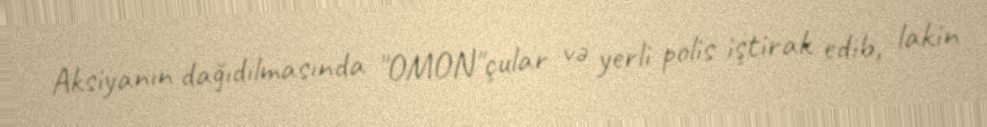
Aksiyanın dağıdılmasında "OMON"çular və yerli polis iştirak edib, lakin